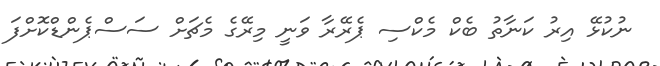
ނުކުޅޭ އިރު ކަނާތު ބެކް މެކްސި ޕެރޭރާ ވަނީ މިރޭގެ މެޗަށް ސަސްޕެންޑްކޮށްފަ